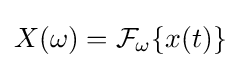
X(\omega )={\mathcal {F}}_{\omega }\{x(t)\}